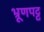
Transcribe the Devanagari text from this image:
भ्रूणपट्ट